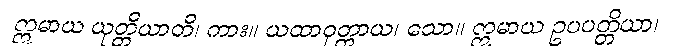
ဣမာယ ယုတ္တိယာတိ၊ ကား။ ယထာဝုတ္တာယ၊ သော။ ဣမာယ ဥပပတ္တိယာ၊